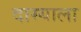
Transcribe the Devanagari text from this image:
दास्याला